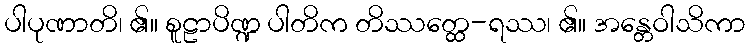
ပါပုဏာတိ၊ ၏။ စူဠာပိဏ္ဍ ပါတိက တိဿတ္ထေ-ရဿ၊ ၏။ အန္တေဝါသိကာ